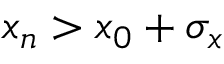
x _ { n } > x _ { 0 } + \sigma _ { x }